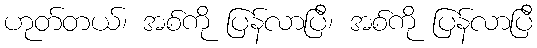
ဟုတ်တယ်၊ အစ်ကို ပြန်လာပြီ၊ အစ်ကို ပြန်လာပြီ